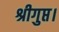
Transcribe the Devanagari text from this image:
श्रीगुप्त।